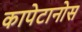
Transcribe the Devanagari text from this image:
कापेटानोस